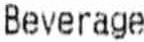
BEVERAGE